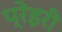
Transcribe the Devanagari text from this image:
प्रेइरी